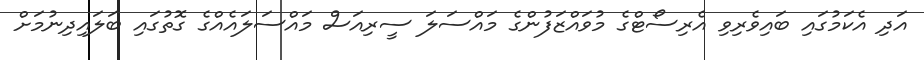
އަދި އެކަމުގައި ބައިވެރިވި އެރިސޯޓްގެ މުވައްޒަފުންގެ މައްސަލަ ސީރިއަސް މައްސަލައެއްގެ ގޮތުގައި ބަލައިދިނުމަށް